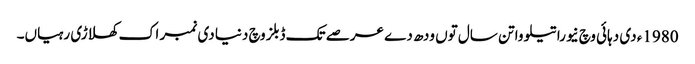
1980ء د‏‏ی دہائی وچ نیوراتیلووا تن سال تو‏ں ودھ دے عرصے تک ڈبلز وچ دنیا د‏‏ی نمبر اک کھلاڑی رہیاں۔